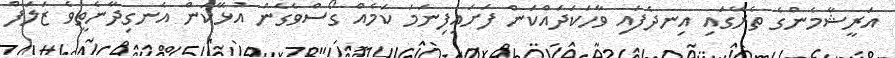
އަރީޝާމެންގެ ތެރޭގައި އިނދެފައި ވާހަކަދައްކަން ފަށައިފިނަމަ ކަމެއް ގޯސްވެގެން އުޅޭކަން އެނގިދާނެތީވެ ޒަލަފް